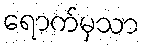
ရောက်မှသာ